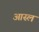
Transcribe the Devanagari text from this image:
आस्लं